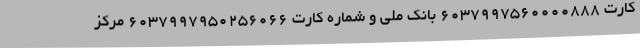
کارت ۶۰۳۷۹۹۷۵۶۰۰۰۰۸۸۸ بانک ملی و شماره کارت ۶۰۳۷۹۹۷۹۵۰۲۵۶۰۶۶ مرکز